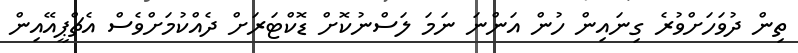
ތިން ދުވަހަށްވުރެ ގިނައިން ހުން އަންނަ ނަމަ ލަސްނުކޮށް ޑޮކްޓަރަށް ދެއްކުމަށްވެސް އެޗްޕީއޭއިން